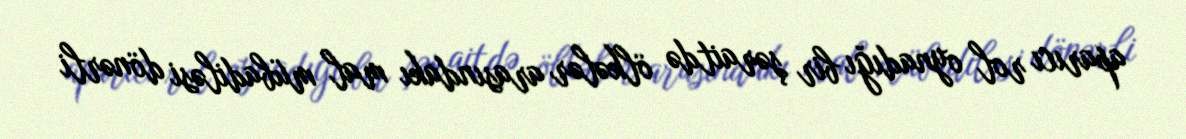
aparıcı rol oynadığı bir şəraitdə ölkələr arasındakı mal mübadiləsi dönərli